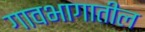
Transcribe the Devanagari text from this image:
गावभागातील